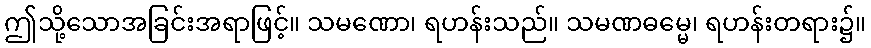
ဤသို့သောအခြင်းအရာဖြင့်။ သမဏော၊ ရဟန်းသည်။ သမဏဓမ္မေ၊ ရဟန်းတရား၌။